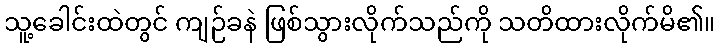
သူ့ခေါင်းထဲတွင် ကျဉ်ခနဲ ဖြစ်သွားလိုက်သည်ကို သတိထားလိုက်မိ၏။